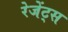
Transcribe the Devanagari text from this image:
रेजेंट्स